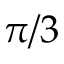
\pi / 3